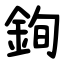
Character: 銁